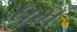
ધમ